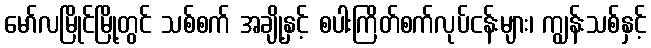
မော်လမြိုင်မြို့တွင် သစ်စက် အချို့နှင့် စပါးကြိတ်စက်လုပ်ငန်းများ၊ ကျွန်းသစ်နှင့်